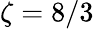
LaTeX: \zeta=8/3